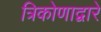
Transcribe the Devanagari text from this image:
त्रिकोणाद्वारे